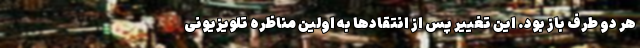
هر دو طرف باز بود. این تغییر پس از انتقادها به اولین مناظره تلویزیونی